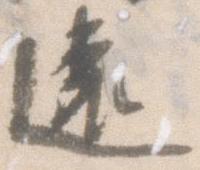
遠